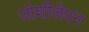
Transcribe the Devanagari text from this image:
जोशीलेपन